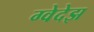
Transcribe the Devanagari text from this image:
ग्वेदेझ